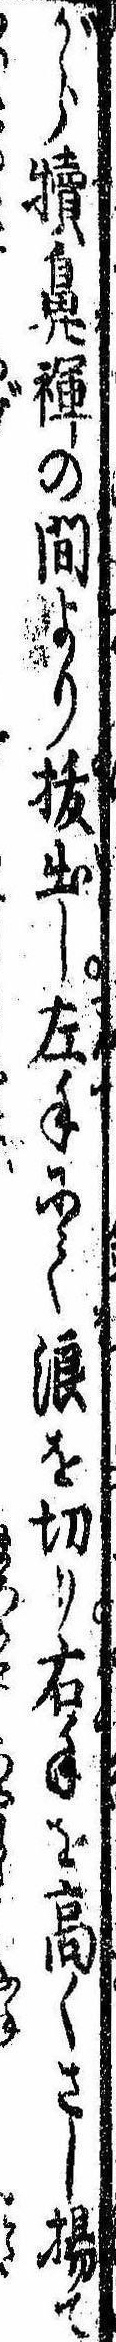
がら犢鼻褌の間より抜出し左手にて浪を切り右手を高くさし揚て